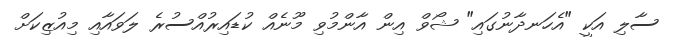
ސާލި އަކީ "އެހަނދާނުގައި" ޝޯވް އިން އާންމުވި މޫނެއް ކުޑައިރުއްސުރެ ލަވައާއި މިއުޒިކަށް